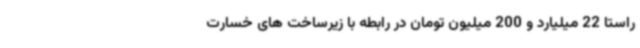
راستا 22 میلیارد و 200 میلیون تومان در رابطه با زیرساخت های خسارت